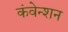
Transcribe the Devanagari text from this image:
कंवेन्शन